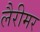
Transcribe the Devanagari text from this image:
लैरीमर